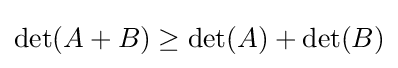
\det(A+B)\geq \det(A)+\det(B)